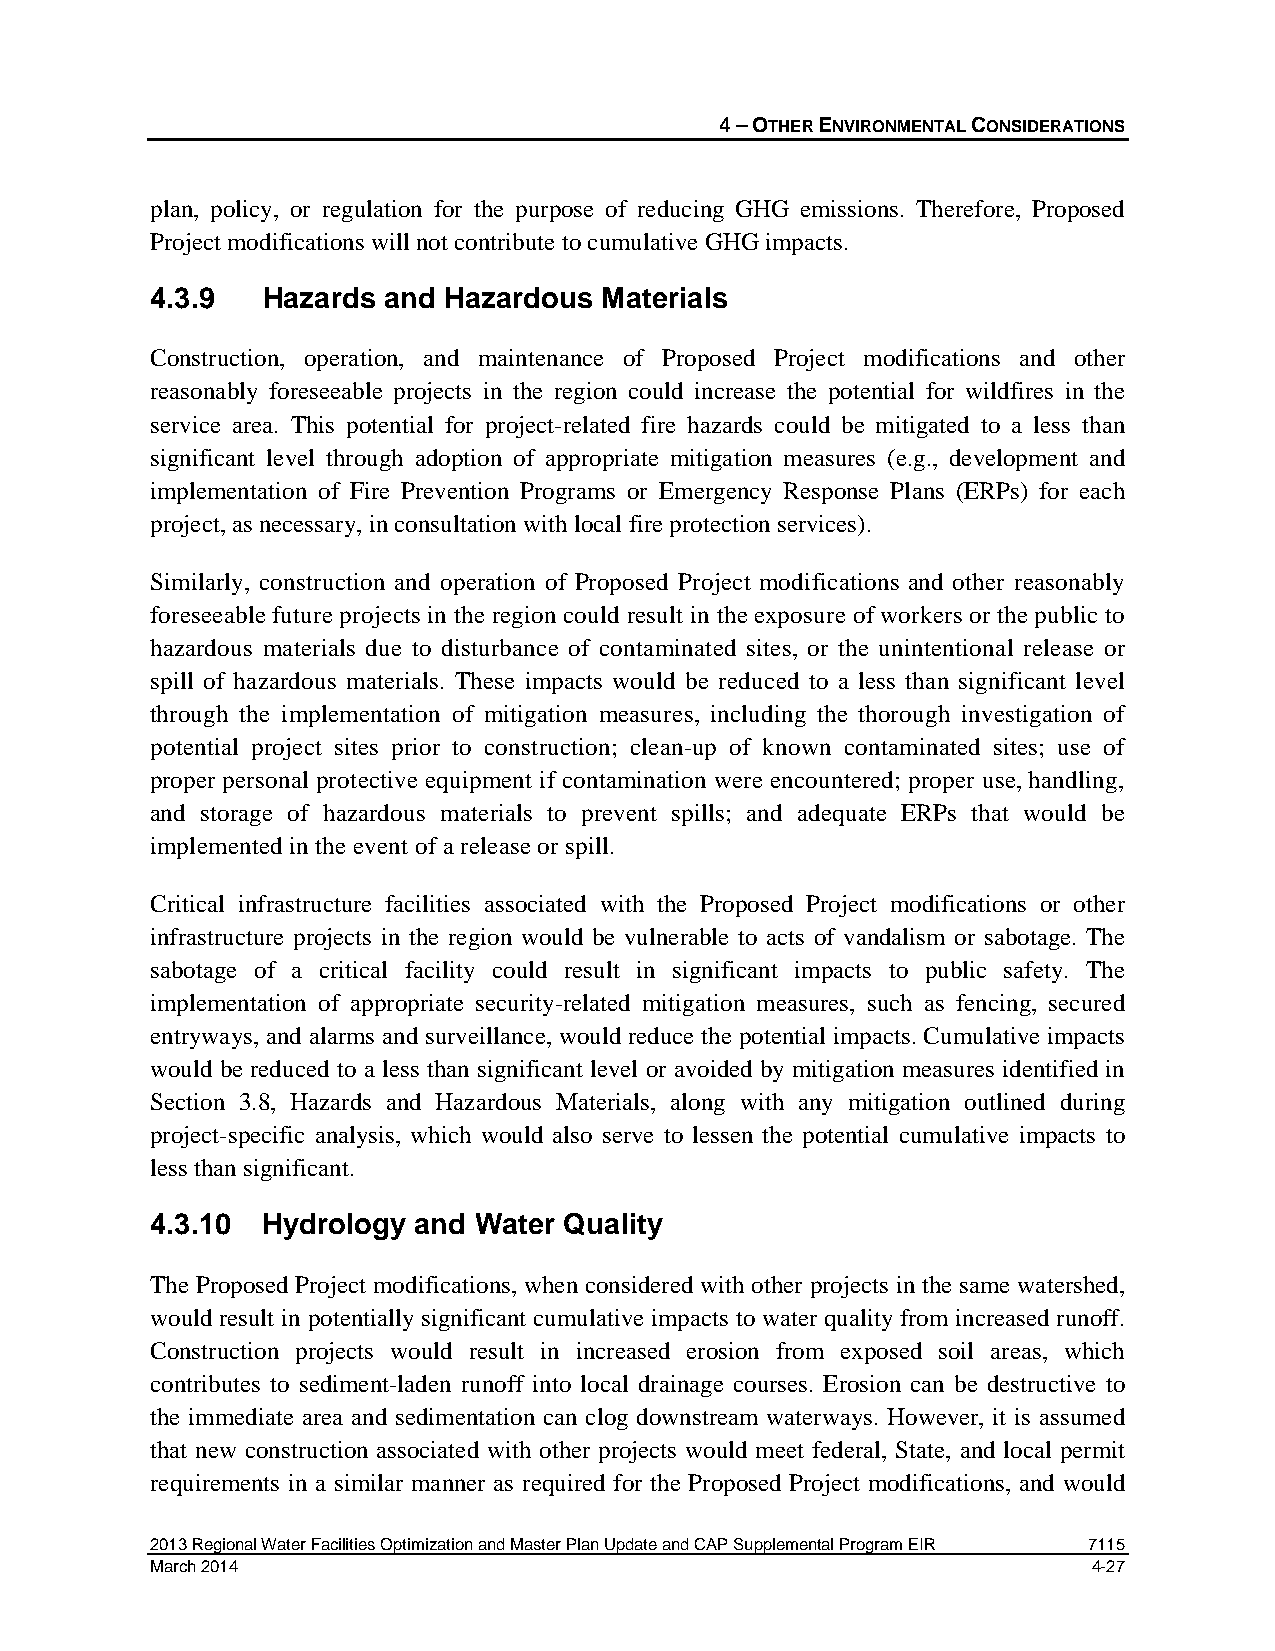
4 – OTHER ENVIRONMENTAL CONSIDERATIONS
 plan, policy, or regulation for the purpose of reducing GHG emissions. Therefore, Proposed
 Project modifications will not contribute to cumulative GHG impacts.
 4.3.9  Hazards and Hazardous  Materials
 Construction, operation, and maintenance of Proposed Project modifications and other
 reasonably foreseeable projects in the region could increase the potential for wildfires in the
 service area. This potential for project-related fire hazards could be mitigated to a less than
 significant level through adoption of appropriate mitigation measures (e.g., development and
 implementation of Fire Prevention Programs or Emergency Response Plans (ERPs) for each
 project, as necessary, in consultation with local fire protection services).
 Similarly, construction and operation of Proposed Project modifications and other reasonably
 foreseeable future projects in the region could result in the exposure of workers or the public to
 hazardous materials due to disturbance of contaminated sites, or the unintentional release or
 spill of hazardous materials. These impacts would be reduced to a less than significant level
 through the implementation of mitigation measures, including the thorough investigation of
 potential project sites prior to construction; clean-up of known contaminated sites; use of
 proper personal protective equipment if contamination were encountered; proper use, handling,
 and storage of hazardous materials to prevent spills; and adequate ERPs that would be
 implemented in the event of a release or spill.
 Critical infrastructure facilities associated with the Proposed Project modifications or other
 infrastructure projects in the region would be vulnerable to acts of vandalism or sabotage. The
 sabotage of a critical facility could result in significant impacts to public safety. The
 implementation of appropriate security-related mitigation measures, such as fencing, secured
 entryways, and alarms and surveillance, would reduce the potential impacts. Cumulative impacts
 would be reduced to a less than significant level or avoided by mitigation measures identified in
 Section 3.8, Hazards and Hazardous Materials, along with any mitigation outlined during
 project-specific analysis, which would also serve to lessen the potential cumulative impacts to
 less than significant.
 4.3.10 Hydrology and Water Quality
 The Proposed Project modifications, when considered with other projects in the same watershed,
 would result in potentially significant cumulative impacts to water quality from increased runoff.
 Construction projects would result in increased erosion from exposed soil areas, which
 contributes to sediment-laden runoff into local drainage courses. Erosion can be destructive to
 the immediate area and sedimentation can clog downstream waterways. However, it is assumed
 that new construction associated with other projects would meet federal, State, and local permit
 requirements in a similar manner as required for the Proposed Project modifications, and would
 2013 Regional Water Facilities Optimization and Master Plan Update and CAP Supplemental Program EIR 7115
 March 2014                                                    4-27